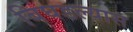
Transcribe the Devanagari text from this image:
बिघडल्यास